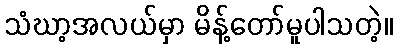
သံဃာ့အလယ်မှာ မိန့်တော်မူပါသတဲ့။